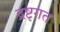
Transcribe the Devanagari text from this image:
द्रष्टृगत